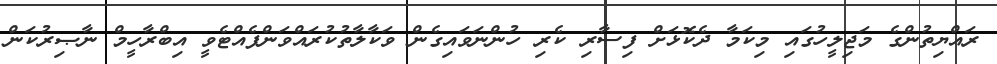
ރައްޔިތުންގެ މަޖިލީހުގައި މިކަމާ ދެކޮޅަށް ފިސާރި ކެރި ހުންނަވައިގެން ވަކާލާތުކުރައްވަންފެއްޓެވީ އިބްރާހީމް ނާޞިރުކަން